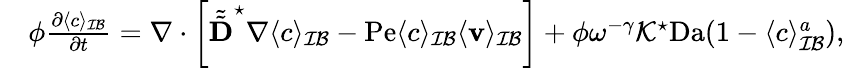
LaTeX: \begin{array}{rl}&{\phi\frac{\partial\langle c\rangle_{\mathcal{IB}}}{\partial t}=\nabla\cdot\left[\tilde{\tilde{\textbf{D}}}^{\star}\nabla\langle c\rangle_{\mathcal{IB}}-\mathrm{Pe}\langle c\rangle_{\mathcal{IB}}\langle\mathbf v\rangle_{\mathcal{IB}}\right]+\phi\omega^{-\gamma}\mathcal{K}^{\star}\mathrm{Da}(1-\langle c\rangle_{\mathcal{IB}}^{a}),}\end{array}